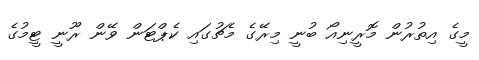
މީގެ އިތުރުން މޮރީނިއޯ ބުނީ މިރޭގެ މެޗުގައި ކެޕްޓަން ވޭން ރޫނީ ޓީމުގެ